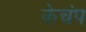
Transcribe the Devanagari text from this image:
केचंप